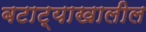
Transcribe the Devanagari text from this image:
बटाट्याखालील